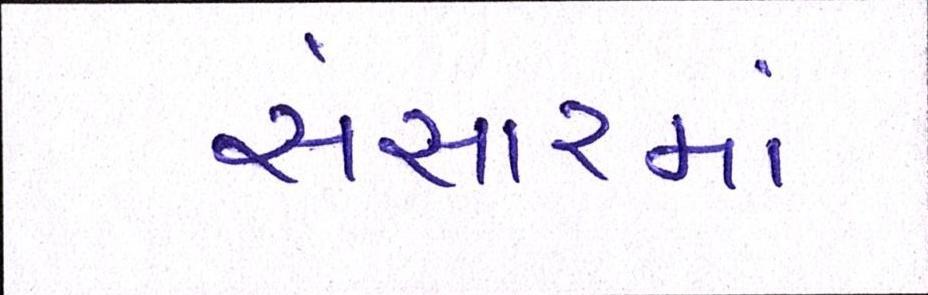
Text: સંસારમાં